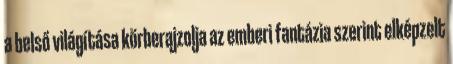
a belső világítása körberajzolja az emberi fantázia szerint elképzelt